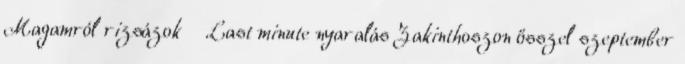
Magamról rizsázok Last minute nyaralás Zakinthoszon ősszel szeptember